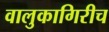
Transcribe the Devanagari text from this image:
वालुकागिरीच